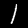
Label: 1